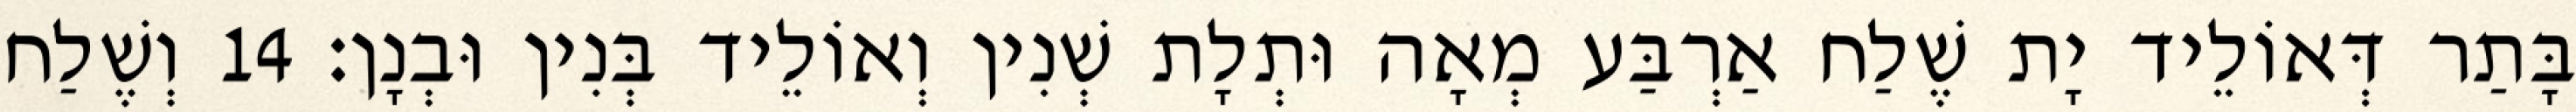
בָּתַר דְּאוֹלֵיד יָת שֶׁלַח אַרְבַּע מְאָה וּתְלָת שְׁנִין וְאוֹלֵיד בְּנִין וּבְנָן׃ 14 וְשֶׁלַח